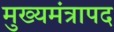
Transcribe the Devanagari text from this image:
मुख्यमंत्रापद